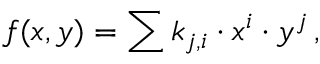
f ( x , y ) = \sum k _ { j , i } \cdot x ^ { i } \cdot y ^ { j } \, ,